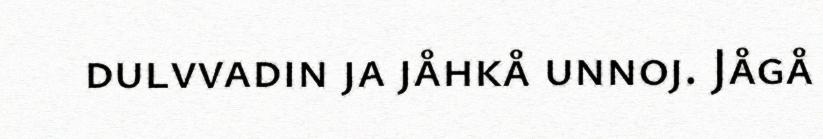
dulvvadin ja jåhkå unnoj. Jågå